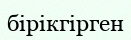
бірікгірген